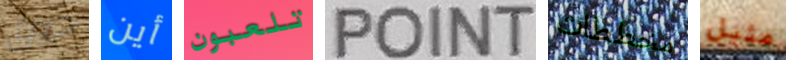
حروق أين تلعبون POINT مخططات مثيل